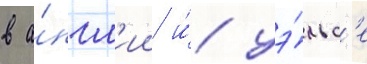
в а́нгл'ии и́ уэ́льс'е